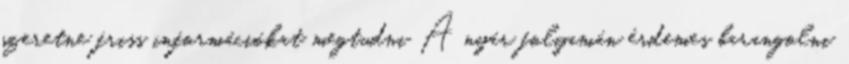
szeretne friss információkat megtudni A nyár folyamán érdemes barangolni